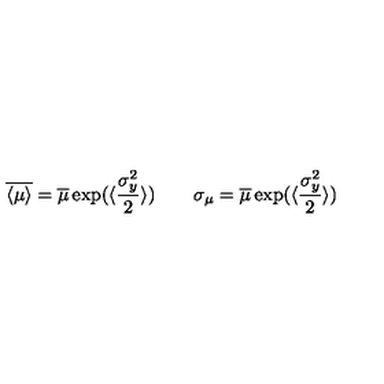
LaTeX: \overline { { \langle \mu \rangle } } = \overline { \mu } \exp ( \langle \frac { \sigma _ { y } ^ { 2 } } { 2 } \rangle ) \qquad \sigma _ { \mu } = \overline { \mu } \exp ( \langle \frac { \sigma _ { y } ^ { 2 } } { 2 } \rangle )